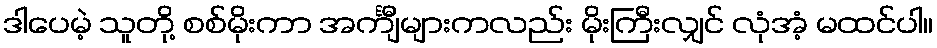
ဒါပေမဲ့ သူတို့ စစ်မိုးကာ အင်္ကျီများကလည်း မိုးကြီးလျှင် လုံအံ့ မထင်ပါ။